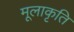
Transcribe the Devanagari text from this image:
मूलाकृति